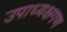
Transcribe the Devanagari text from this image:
उपाध्यक्षगण